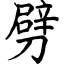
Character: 劈